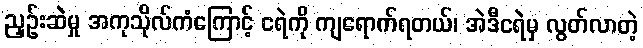
ညှဉ်းဆဲမှု အကုသိုလ်ကံကြောင့် ငရဲကို ကျရောက်ရတယ်၊ အဲဒီငရဲမှ လွတ်လာတဲ့